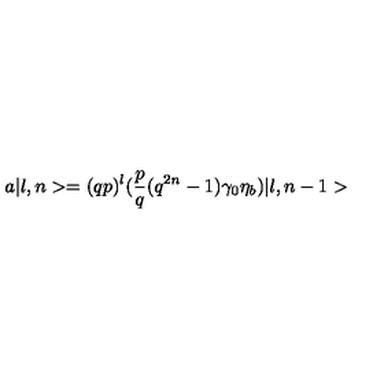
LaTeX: a \vert l , n > = ( q p ) ^ { l } ( { \frac { p } { q } } ( q ^ { 2 n } - 1 ) \gamma _ { 0 } \eta _ { b } ) \vert l , n - 1 >